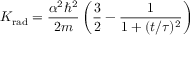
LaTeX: K _ { \mathrm { r a d } } = { \frac { \alpha ^ { 2 } \hbar ^ { 2 } } { 2 m } } \left( { \frac { 3 } { 2 } } - { \frac { 1 } { 1 + ( t / \tau ) ^ { 2 } } } \right)